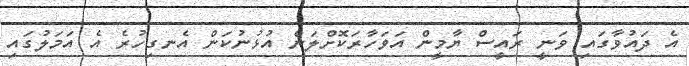
އެ ދައުވާގައި ވަނީ ރައީސް ޔާމީން އަވަހާރަކޮށްލަން އުޅުނުކަން އެނގިހުރެ އެ އަމަލުގައި